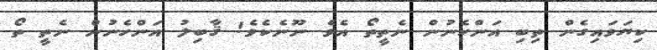
ކިޔަވައިގެން ތިބި އަންހެނުން ނެތީތޯ އެވެ ނޫނެކެވެ! ޤާބިލު އަންހެނުން ނެތީ ތޯ